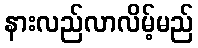
နားလည်လာလိမ့်မည်